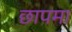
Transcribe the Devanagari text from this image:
छापमा